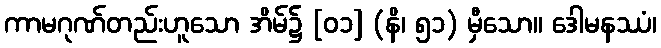
ကာမဂုဏ်တည်းဟူသော အိမ်၌ [၀၁] (နိ၊ ၅၁) မှီသော။ ဒေါမနဿံ၊